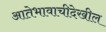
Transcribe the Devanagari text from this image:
आतेभावाचीदेखील